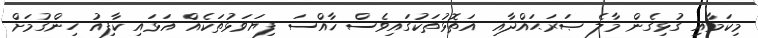
މިކަމާއި ގުޅިގެން މާލެ ޞަރަޙައްދާއި އަތޮޅުތަކުގައިވެސް ޚާއްސަ ފިޔަވަޅުތަކެއް އަޅައި ކާފިއު ހިންގުމަށް